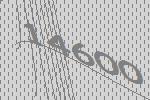
14600